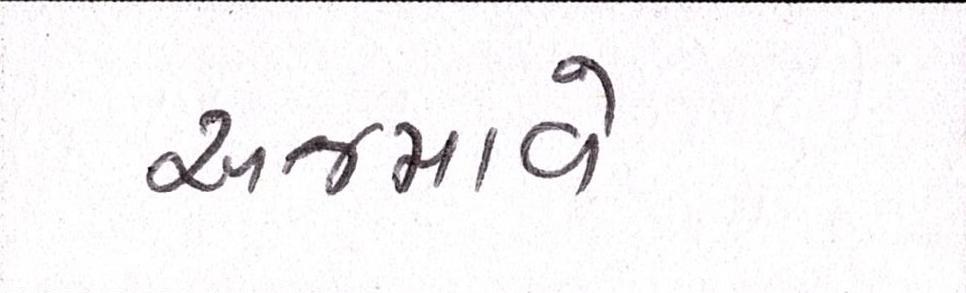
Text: અજમાવે